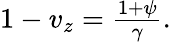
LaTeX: \begin{array}{r}{1-v_{z}=\frac{1+\psi}{\gamma}.}\end{array}